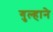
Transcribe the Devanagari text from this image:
गुल्हाने